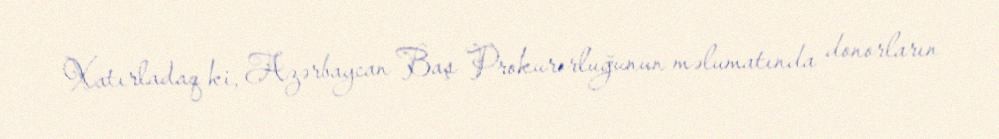
Xatırladaq ki, Azərbaycan Baş Prokurorluğunun məlumatında donorların